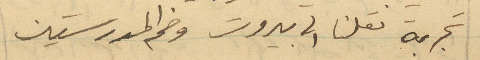
تجربة نقلنا الى بيروت وضم المدرستين